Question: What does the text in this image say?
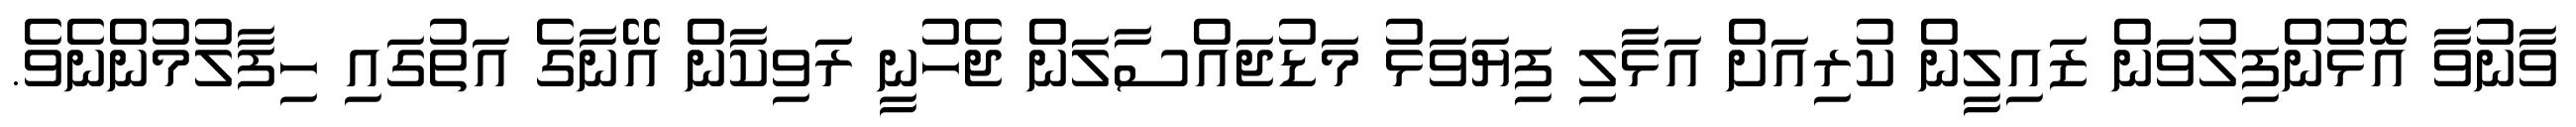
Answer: ވާނުވާ އޮޅުންފިލުވަން ޒައިލީން ކުރިއަށް އަޅާލި ފިޔަވަޅު މަޑުޖައްސާލަން ޖެހުނީ ރަވިކާން އޭނާގެ އަތުގައި ހިފާލުމުންނެވެ.